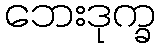
ဘေးဒုက္ခ